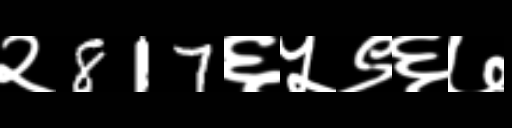
Text: २817६५९६७